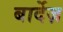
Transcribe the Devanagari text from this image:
बार्देज़